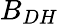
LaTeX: B_{DH}